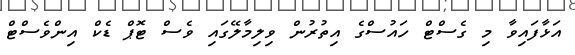
އަޅާފައިވާ މި ގެސްޓް ހައުސްގެ އިތުރުން ވިލިމާލޭގައި ވެސް ޓޮޕް ޑެކް އިންވެސްޓް